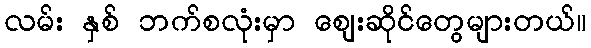
လမ်း နှစ် ဘက်စလုံးမှာ ဈေးဆိုင်တွေများတယ်။